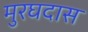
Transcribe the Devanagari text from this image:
मुरघदास